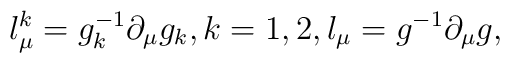
l_\mu ^k=g_k^{-1}\partial _\mu g_k,k=1,2,l_\mu =g^{-1}\partial_\mu g,